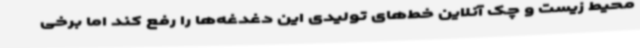
محیط زیست و چک آنلاین خط‌های تولیدی این دغدغه‌ها را رفع کند اما برخی